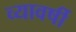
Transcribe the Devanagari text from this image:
व्यावर्षी